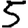
Digit: 5